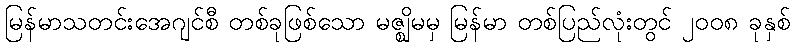
မြန်မာသတင်းအေဂျင်စီ တစ်ခုဖြစ်သော မဇ္ဈိမမှ မြန်မာ တစ်ပြည်လုံးတွင် ၂၀၀၈ ခုနှစ်